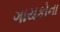
ગાયકોના